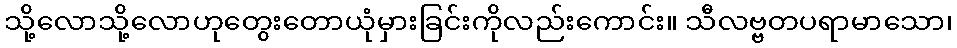
သို့လောသို့လောဟုတွေးတောယုံမှားခြင်းကိုလည်းကောင်း။ သီလဗ္ဗတပရာမာသော၊